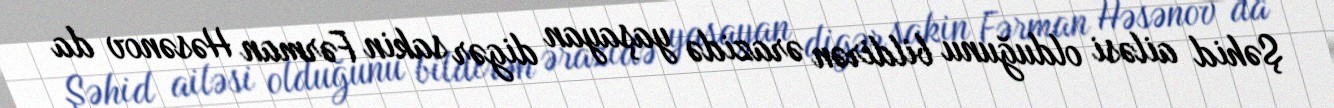
Şəhid ailəsi olduğunu bildirən ərazidə yaşayan digər sakin Fərman Həsənov da